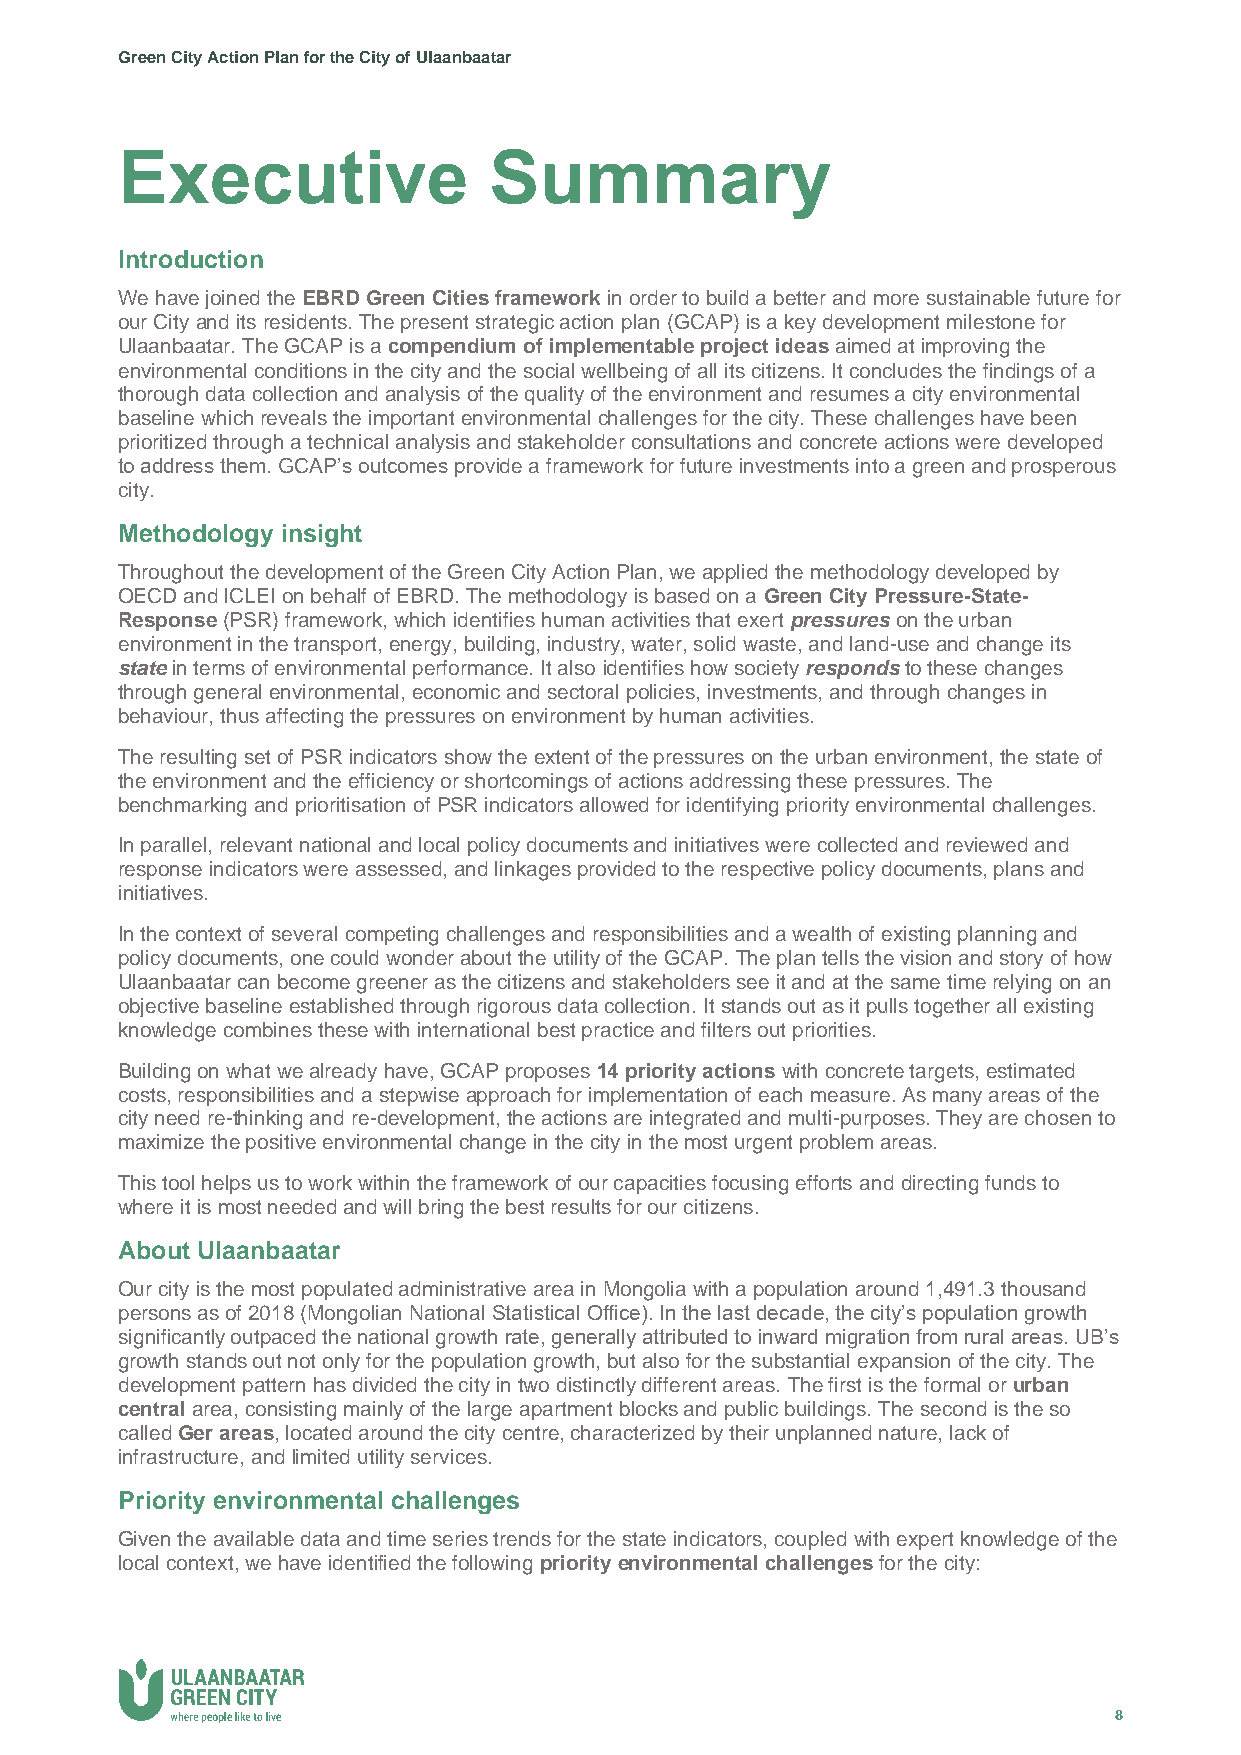
Green City Action Plan for the City of Ulaanbaatar
 Executive               Summary
 Introduction
 We have joined the EBRD Green Cities framework in order to build a better and more sustainable future for
 our City and its residents. The present strategic action plan (GCAP) is a key development milestone for
 Ulaanbaatar. The GCAP is a compendium of implementable project ideas aimed at improving the
 environmental conditions in the city and the social wellbeing of all its citizens. It concludes the findings of a
 thorough data collection and analysis of the quality of the environment and resumes a city environmental
 baseline which reveals the important environmental challenges for the city. These challenges have been
 prioritized through a technical analysis and stakeholder consultations and concrete actions were developed
 to address them. GCAP’s outcomes provide a framework for future investments into a green and prosperous
 city.
 Methodology insight
 Throughout the development of the Green City Action Plan, we applied the methodology developed by
 OECD and ICLEI on behalf of EBRD. The methodology is based on a Green City Pressure-State-
 Response (PSR) framework, which identifies human activities that exert pressures on the urban
 environment in the transport, energy, building, industry, water, solid waste, and land-use and change its
 state in terms of environmental performance. It also identifies how society responds to these changes
 through general environmental, economic and sectoral policies, investments, and through changes in
 behaviour, thus affecting the pressures on environment by human activities.
 The resulting set of PSR indicators show the extent of the pressures on the urban environment, the state of
 the environment and the efficiency or shortcomings of actions addressing these pressures. The
 benchmarking and prioritisation of PSR indicators allowed for identifying priority environmental challenges.
 In parallel, relevant national and local policy documents and initiatives were collected and reviewed and
 response indicators were assessed, and linkages provided to the respective policy documents, plans and
 initiatives.
 In the context of several competing challenges and responsibilities and a wealth of existing planning and
 policy documents, one could wonder about the utility of the GCAP. The plan tells the vision and story of how
 Ulaanbaatar can become greener as the citizens and stakeholders see it and at the same time relying on an
 objective baseline established through rigorous data collection. It stands out as it pulls together all existing
 knowledge combines these with international best practice and filters out priorities.
 Building on what we already have, GCAP proposes 14 priority actions with concrete targets, estimated
 costs, responsibilities and a stepwise approach for implementation of each measure. As many areas of the
 city need re-thinking and re-development, the actions are integrated and multi-purposes. They are chosen to
 maximize the positive environmental change in the city in the most urgent problem areas.
 This tool helps us to work within the framework of our capacities focusing efforts and directing funds to
 where it is most needed and will bring the best results for our citizens.
 About Ulaanbaatar
 Our city is the most populated administrative area in Mongolia with a population around 1,491.3 thousand
 persons as of 2018 (Mongolian National Statistical Office). In the last decade, the city’s population growth
 significantly outpaced the national growth rate, generally attributed to inward migration from rural areas. UB’s
 growth stands out not only for the population growth, but also for the substantial expansion of the city. The
 development pattern has divided the city in two distinctly different areas. The first is the formal or urban
 central area, consisting mainly of the large apartment blocks and public buildings. The second is the so
 called Ger areas, located around the city centre, characterized by their unplanned nature, lack of
 infrastructure, and limited utility services.
 Priority environmental challenges
 Given the available data and time series trends for the state indicators, coupled with expert knowledge of the
 local context, we have identified the following priority environmental challenges for the city:
 8